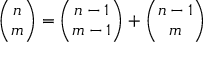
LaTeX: { \binom { n } { m } } = { \binom { n - 1 } { m - 1 } } + { \binom { n - 1 } { m } }